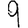
Digit: 9